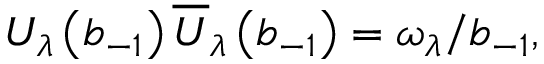
U _ { \lambda } \left( b _ { - 1 } \right) \overline { { { U } } } _ { \lambda } \left( b _ { - 1 } \right) = \omega _ { \lambda } \slash { b } _ { - 1 } ,